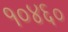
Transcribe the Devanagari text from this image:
१०४६०